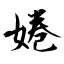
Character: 婘